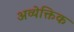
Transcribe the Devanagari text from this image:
अव्येक्तिक